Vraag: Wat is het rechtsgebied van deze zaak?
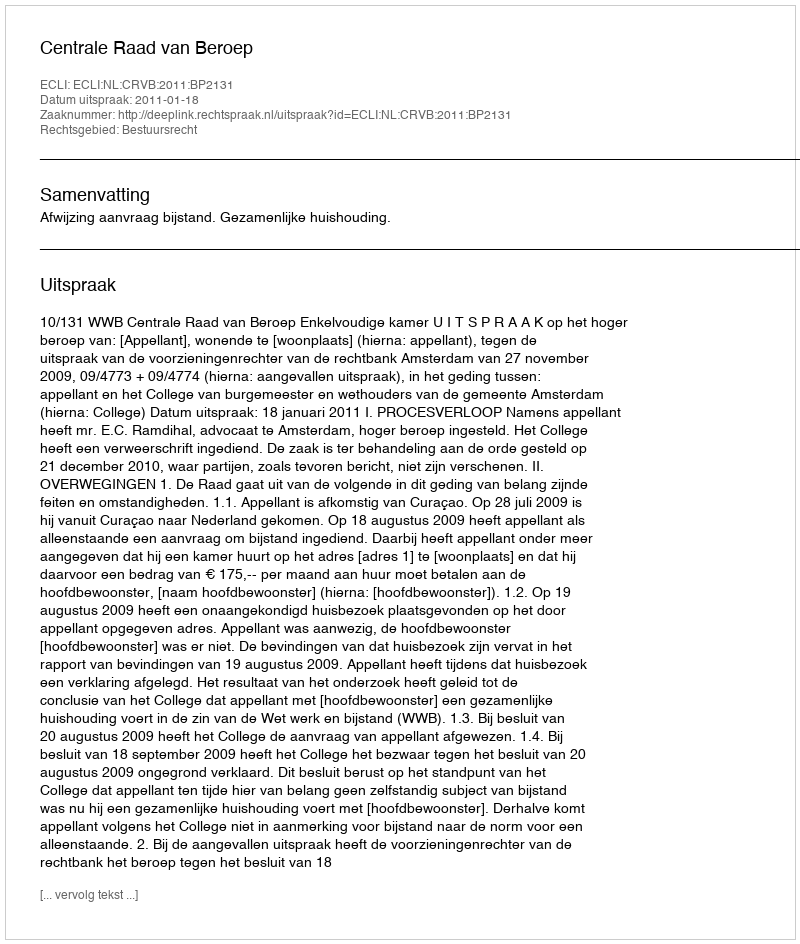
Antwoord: Bestuursrecht